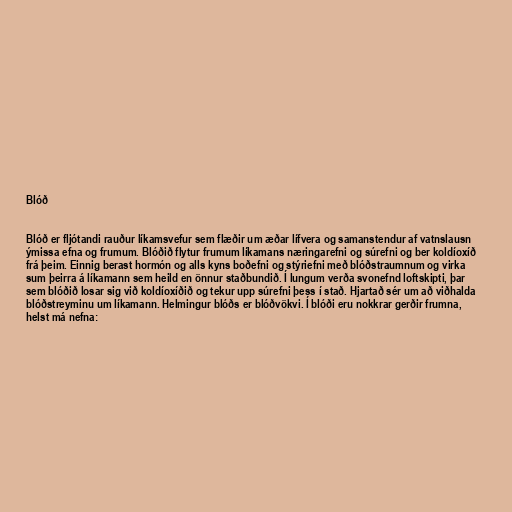
Blóð

Blóð er fljótandi rauður líkamsvefur sem flæðir um æðar lífvera og samanstendur af vatnslausn
ýmissa efna og frumum. Blóðið flytur frumum líkamans næringarefni og súrefni og ber koldíoxíð
frá þeim. Einnig berast hormón og alls kyns boðefni og stýriefni með blóðstraumnum og virka
sum þeirra á líkamann sem heild en önnur staðbundið. Í lungum verða svonefnd loftskipti, þar
sem blóðið losar sig við koldíoxíðið og tekur upp súrefni þess í stað. Hjartað sér um að viðhalda
blóðstreyminu um líkamann. Helmingur blóðs er blóðvökvi. Í blóði eru nokkrar gerðir frumna,
helst má nefna: